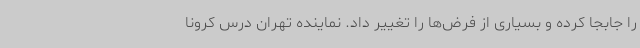
را جابجا کرده و بسیاری از فرض‌ها را تغییر داد. نماینده تهران درس کرونا